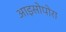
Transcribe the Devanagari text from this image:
आइसोपोरा